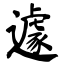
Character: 遽